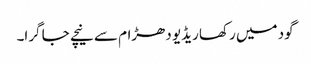
گود میں رکھا ریڈیو دھڑام سے نیچے جا گرا۔